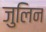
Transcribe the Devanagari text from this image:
जुलिन